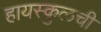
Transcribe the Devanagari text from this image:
हायस्कुलची